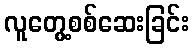
လူတွေ့စစ်ဆေးခြင်း